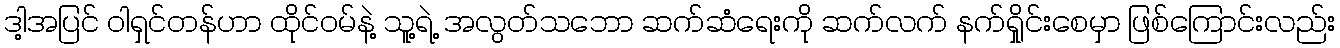
ဒါ့အပြင် ဝါရှင်တန်ဟာ ထိုင်ဝမ်နဲ့ သူ့ရဲ့ အလွတ်သဘော ဆက်ဆံရေးကို ဆက်လက် နက်ရှိုင်းစေမှာ ဖြစ်ကြောင်းလည်း